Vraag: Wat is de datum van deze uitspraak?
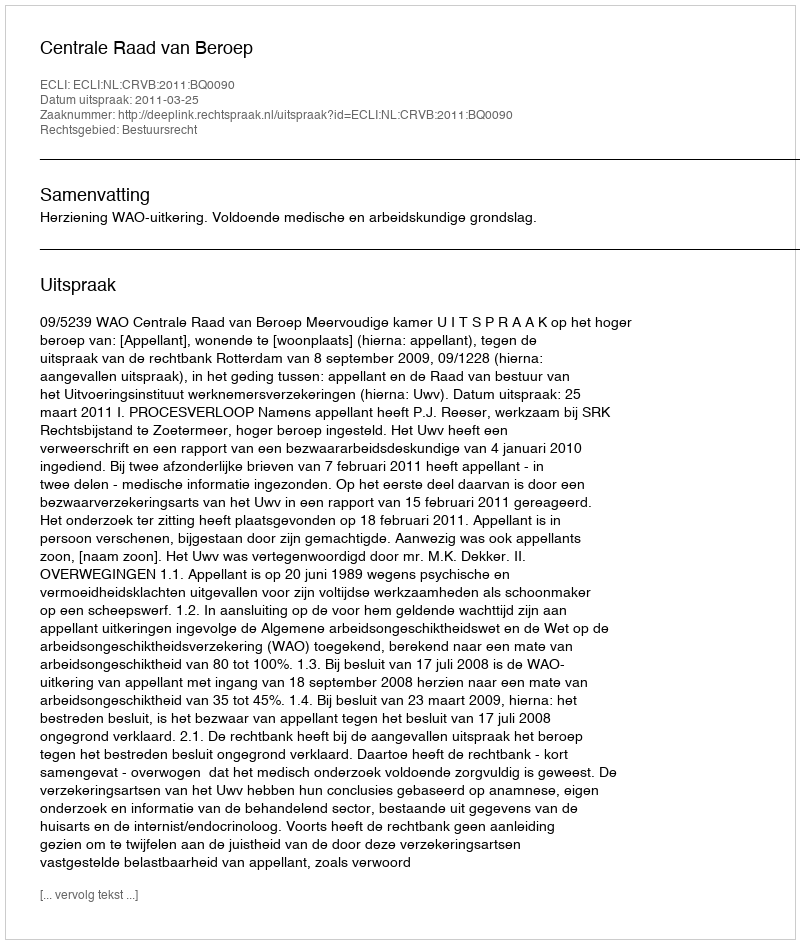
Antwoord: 2011-03-25